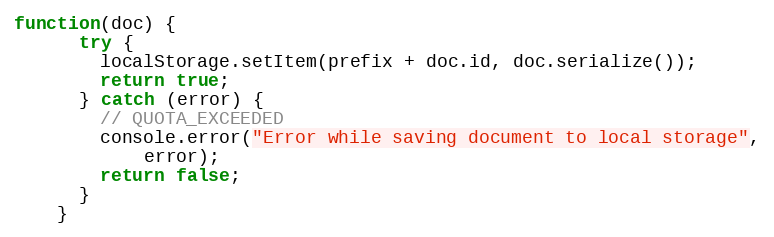
Language: JavaScript
function(doc) {
      try {
        localStorage.setItem(prefix + doc.id, doc.serialize());
        return true;
      } catch (error) {
        // QUOTA_EXCEEDED
        console.error("Error while saving document to local storage",
            error);
        return false;
      }
    }